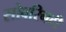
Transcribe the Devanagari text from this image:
सोवरिनटी